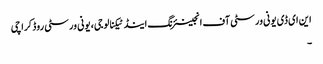
این ای ڈی یونی ورسٹی آف انجینئرنگ اینڈ ٹیکنالوجی، یونی ورسٹی روڈ کراچی
۔